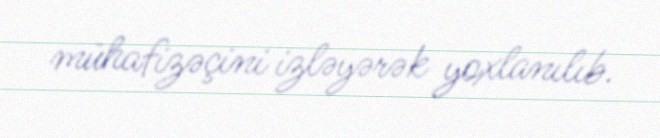
mühafizəçini izləyərək yoxlanılıb.